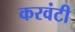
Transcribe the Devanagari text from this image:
करवंटी